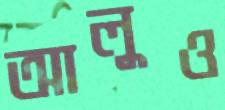
আলুও